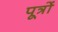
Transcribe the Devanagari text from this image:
पूत्रों